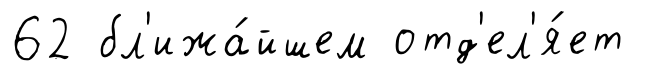
62 бл'ижа́йшем отд'ел'я́ет